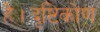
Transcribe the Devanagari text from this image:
है।दृष्टिकोण